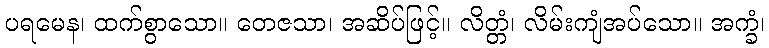
ပရမေန၊ ထက်စွာသော။ တေဇသာ၊ အဆိပ်ဖြင့်။ လိတ္တံ၊ လိမ်းကျံအပ်သော။ အက္ခံ၊